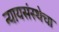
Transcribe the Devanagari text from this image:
न्यायसंस्थेचा